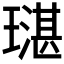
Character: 𤩌